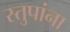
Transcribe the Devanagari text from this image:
स्तुपांना